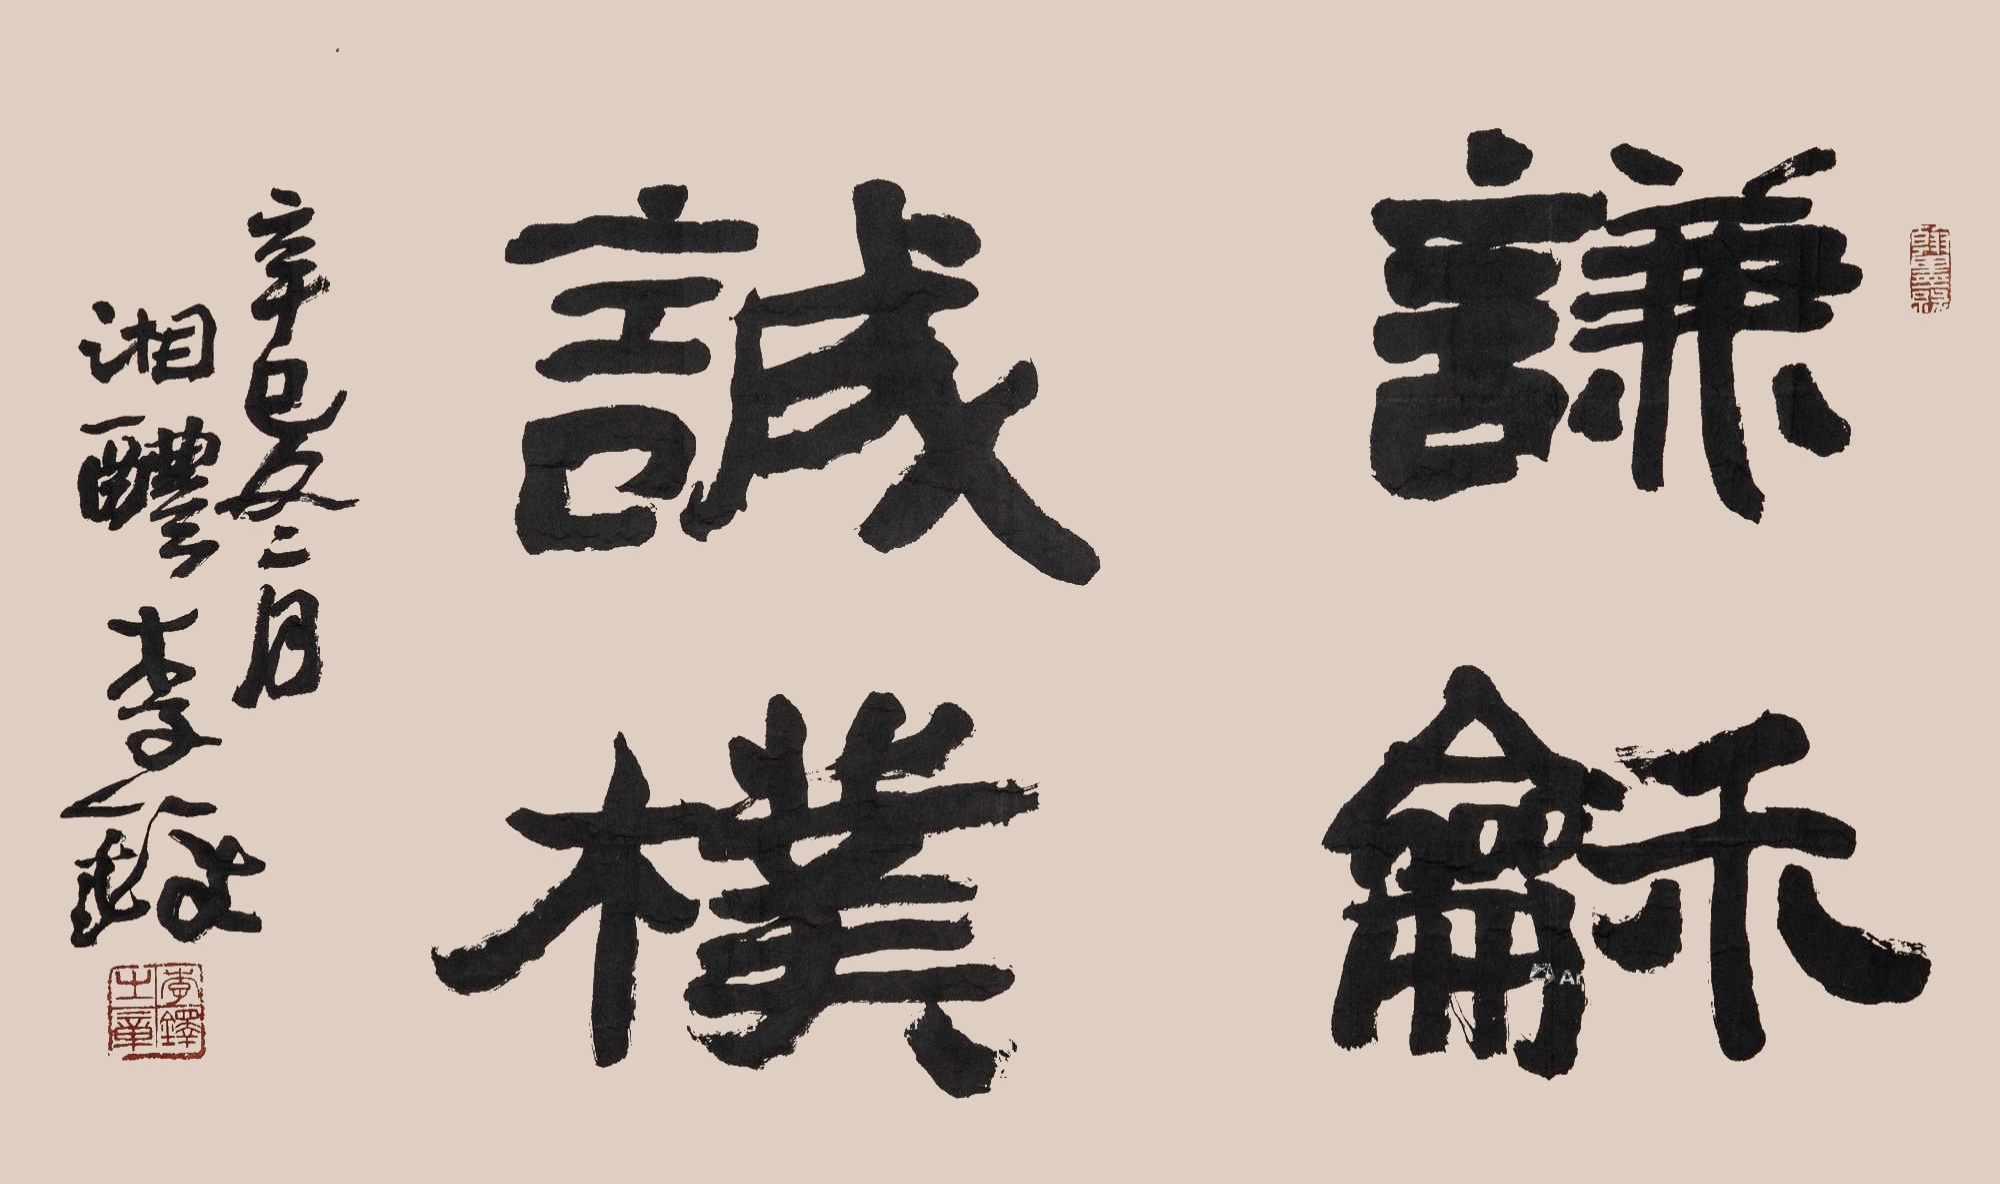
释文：谦和诚朴。辛巳冬月，湘醴李铎。